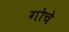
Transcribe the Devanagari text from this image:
गोचे